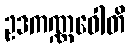
ဥဒကဏ္ဏဝေါတိ